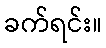
ခက်ရင်း။